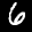
Label: 6